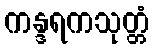
ကန္ဒရကသုတ္တံ